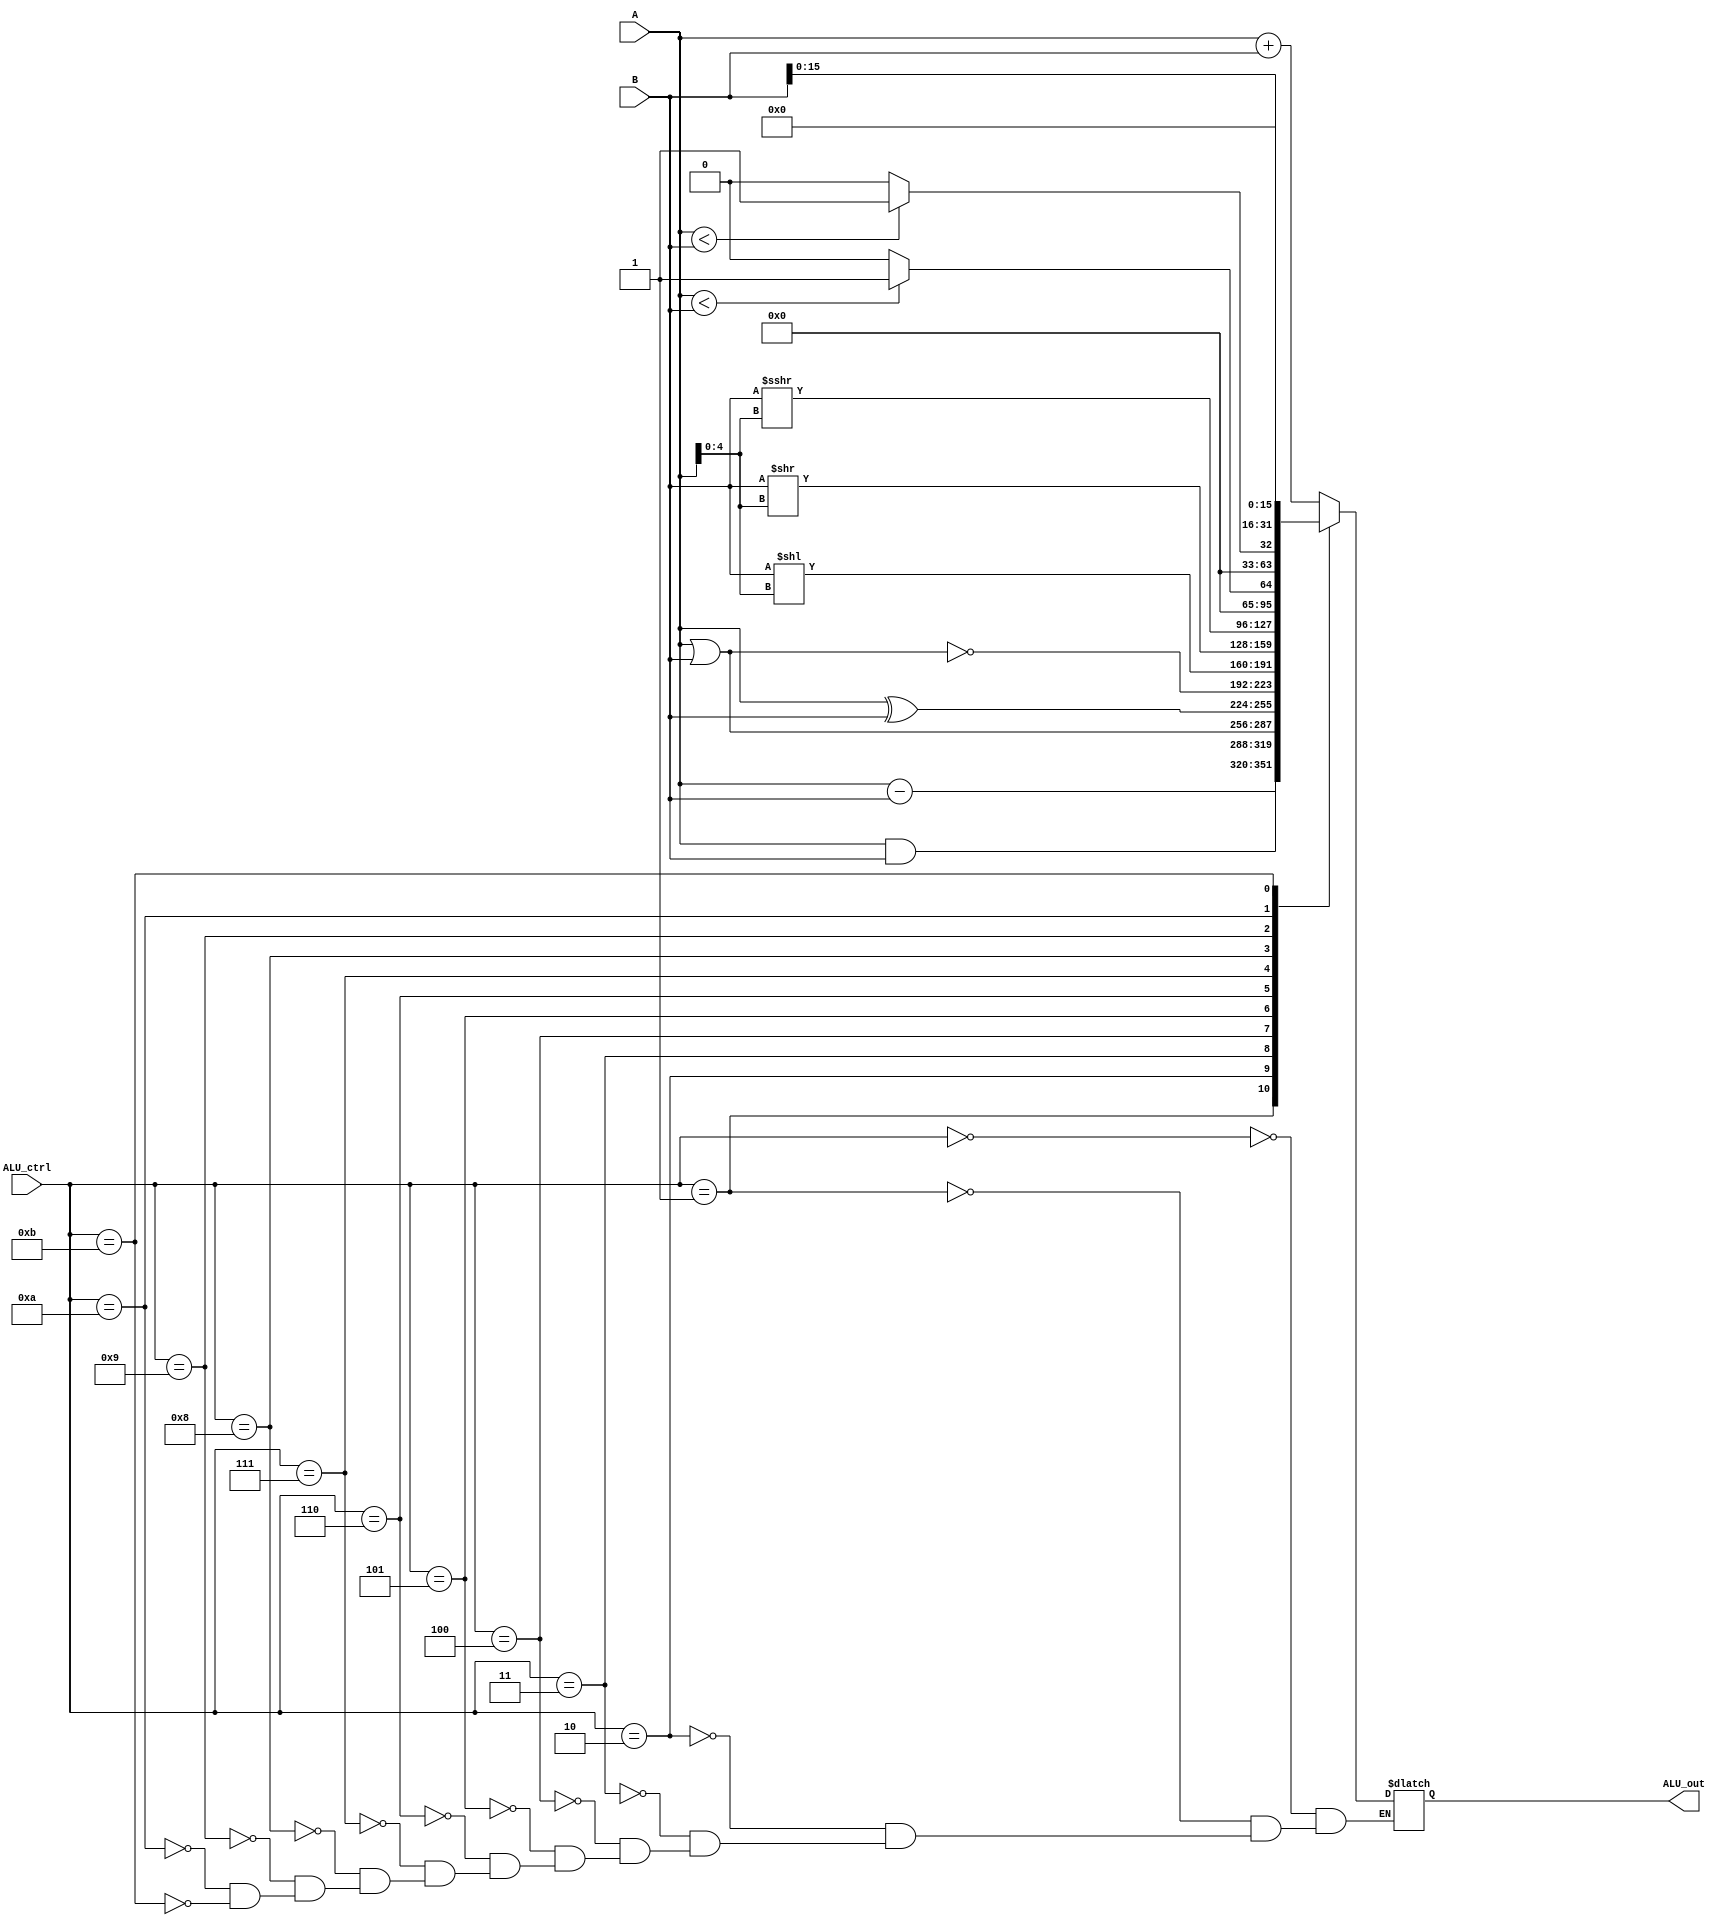
module ALU(ALU_ctrl,A,B,ALU_out);
  input [3:0]ALU_ctrl;//control sign
                    //0000(+):ADD/ADDU/ADDI/ADDIU/load/store
                    //0001(-):SUB/SUBU
                    //0010(&):AND/ANDI
                    //0011(|):OR/ORI
                    //0100(^):XOR/XORI
                    //0101(~|):NOR
                    //0110(RT<<RS):SLLV/SLL
                    //0111(RT>>RS):SRLV/SRL
                    //1000($signed(RT)>>>RS):SRAV/SRA
                    //1001(RD=($signed(RS)<$signed(RT))? 1:0):SLT/SLTI
                    //1010(RD=(RS<RT)? 1:0):SLTU/SLTIU
                    //1011(RT<<16):LUI
  input [31:0]A,B;//2 operator number
  output reg [31:0]ALU_out;//result
  
  always@(*)
  begin
    case(ALU_ctrl)
      4'b0000:ALU_out<=A+B;
      4'b0001:ALU_out<=A-B;
      4'b0010:ALU_out<=A&B;
      4'b0011:ALU_out<=A|B;
      4'b0100:ALU_out<=A^B;
      4'b0101:ALU_out<=~(A|B);
      4'b0110:ALU_out<=B<<A[4:0];
      4'b0111:ALU_out<=B>>A[4:0];
      4'b1000:ALU_out<=$signed(B)>>>A[4:0];
      4'b1001:ALU_out<=($signed(A)<$signed(B))?1:0;
      4'b1010:ALU_out<=A<B?1:0;
      4'b1011:ALU_out<=B<<16;
    endcase
  end
endmodule